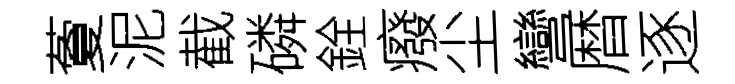
藑泥截磷銓癈尘彎暦逐